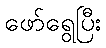
ဖော်ရွေပြီး